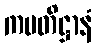
ကမတိဋ္ဌာနံ